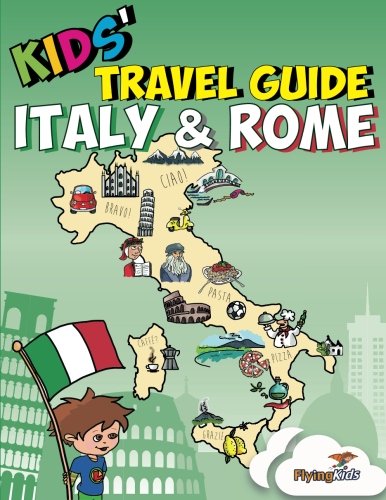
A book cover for Kids' Travel Guide - Italy & Rome: Kids enjoy the best of Italy and the most exciting sights in Rome with fascinating facts, fun activities, quizzes, ... Leonardo! (Kids' Travel Guides) (Volume 8); Shiela H Leon; Travel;